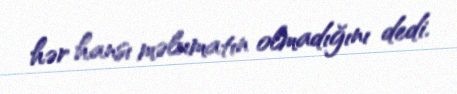
hər hansı məlumatın olmadığını dedi.